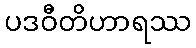
ပဒဝီတိဟာရဿ